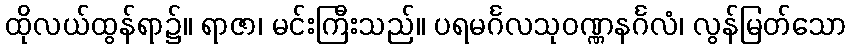
ထိုလယ်ထွန်ရာ၌။ ရာဇာ၊ မင်းကြီးသည်။ ပရမင်္ဂလသုဝဏ္ဏနင်္ဂလံ၊ လွန်မြတ်သော